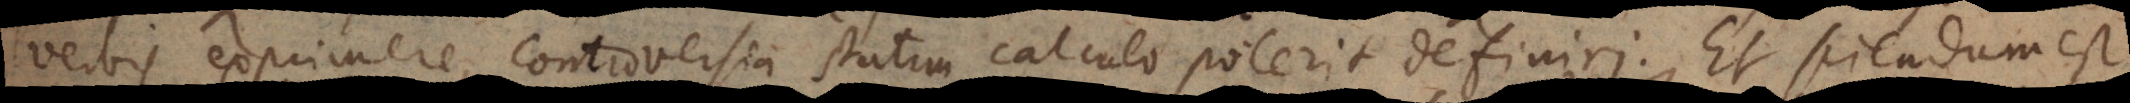
verbis exprimere, controversia statim calculo poterit definiri. Et sciendum est